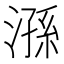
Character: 𣻆